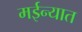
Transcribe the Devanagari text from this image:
मईन्यात